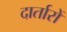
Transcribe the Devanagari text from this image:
दार्तारों